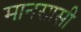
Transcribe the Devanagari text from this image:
मानसासी